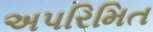
અપરિમિત